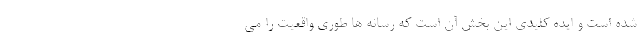
شده است و ایده کلیدی این بخش آن است که رسانه ها طوری واقعیت را می